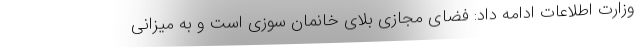
وزارت اطلاعات ادامه داد: فضای مجازی بلای خانمان سوزی است و به میزانی